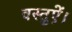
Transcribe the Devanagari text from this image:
वस्तुऐं।